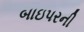
બાઇપરની